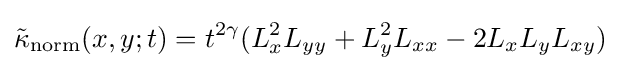
{\tilde {\kappa }}_{\mathrm {norm} }(x,y;t)=t^{2\gamma }(L_{x}^{2}L_{yy}+L_{y}^{2}L_{xx}-2L_{x}L_{y}L_{xy})